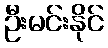
ဦးမင်းနိုင်